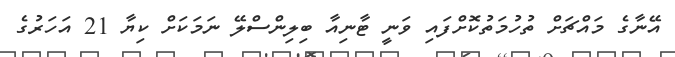
އޭނާގެ މައްޗަށް ތުހުމަތުކޮށްފައި ވަނީ ޓާނިއާ ބިލިންސްލޭ ނަމަކަށް ކިޔާ 21 އަހަރުގެ